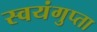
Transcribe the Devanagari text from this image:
स्वयंगुप्ता